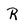
Character: R